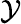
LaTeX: {\cal Y}